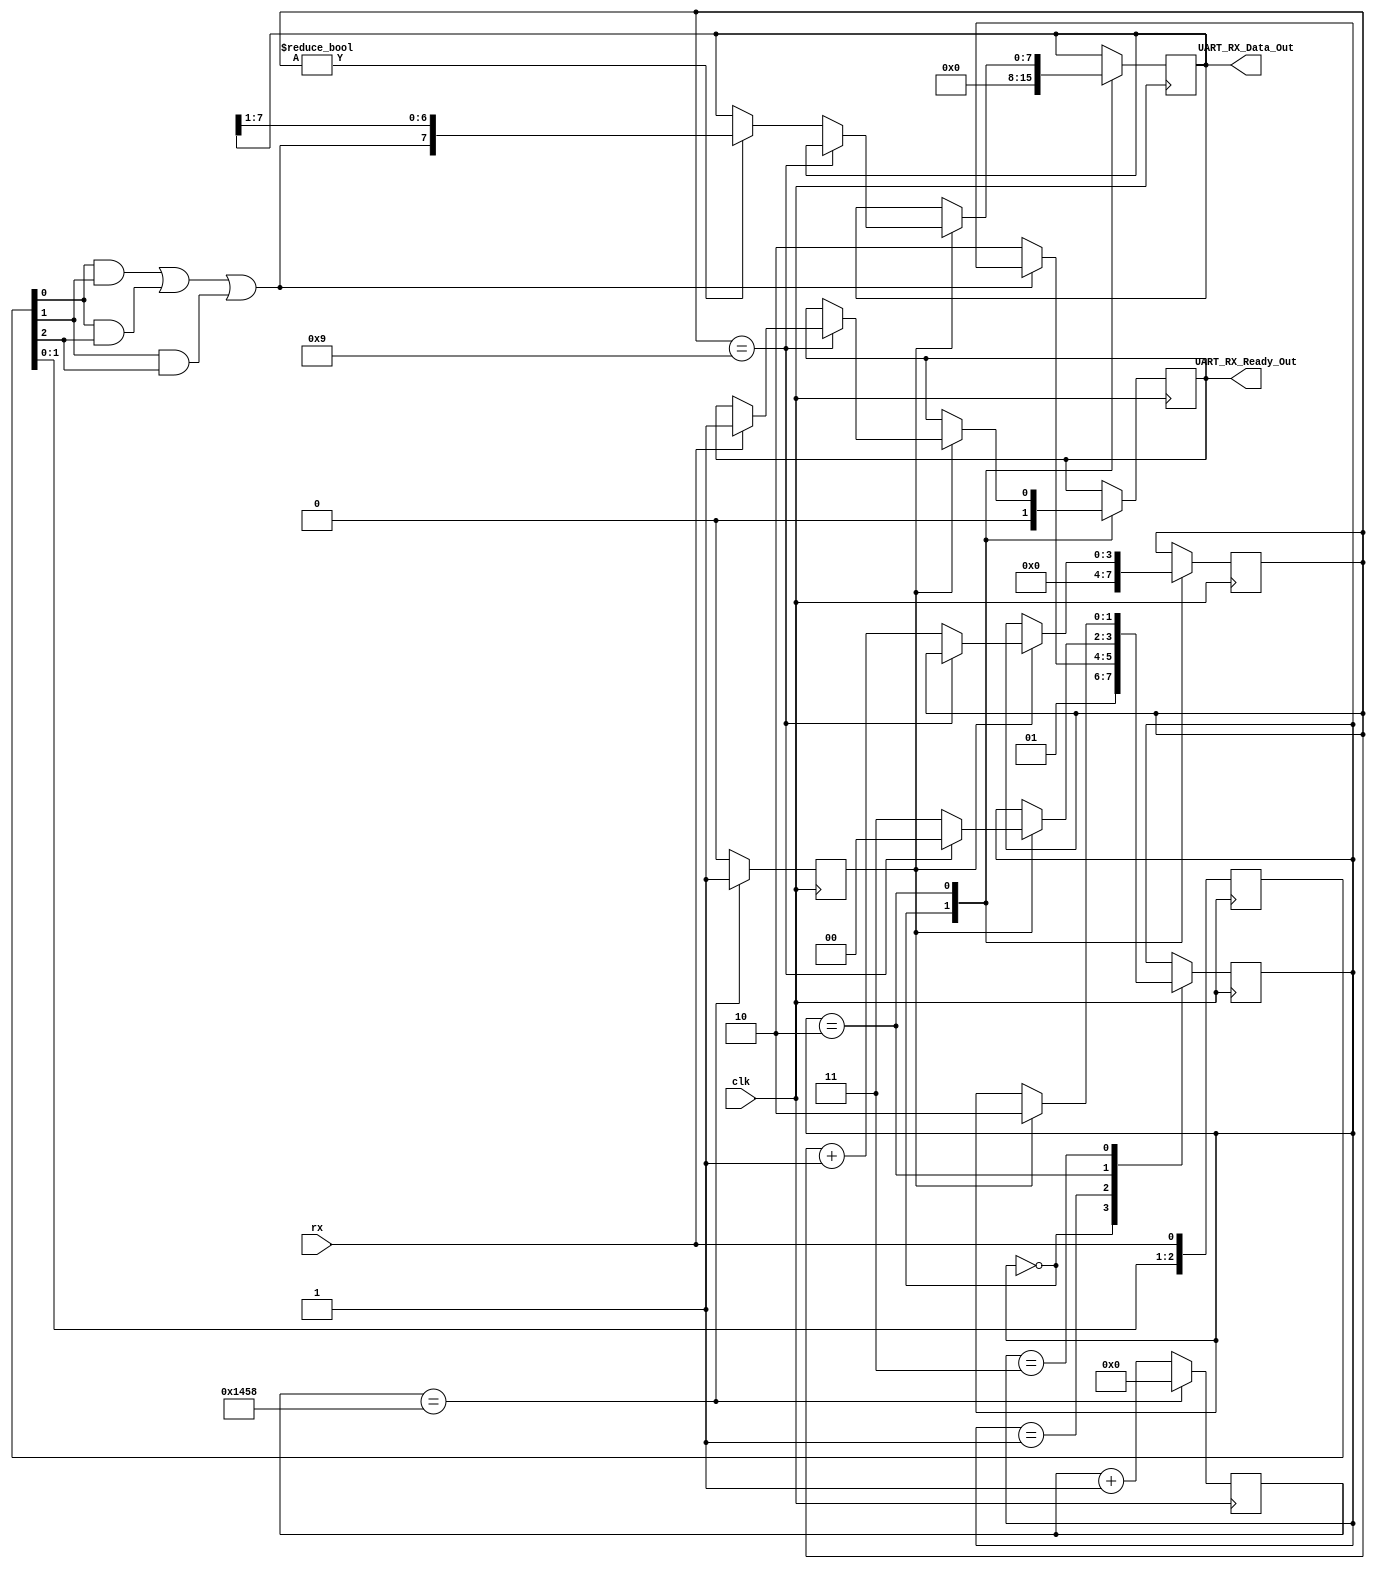
module UART_RX #
(
    parameter CLOCK_RATE = 100_000_000, //   -  ,  XC7A100T-1CSG324C  Artix-7 ( )
    parameter BAUD_RATE = 9600 //     UART ( )
)
(
    input clk, // 
    input rx, //        UART
    output reg UART_RX_Ready_Out, //     
    output reg [7:0] UART_RX_Data_Out //     RX
);
reg [1:0] state; //    
reg [3:0] bit_counter; // C 
reg [$clog2(CLOCK_RATE / BAUD_RATE):0] baud_counter; // C   UART
reg baud_flag; //   ,        BAUD_RATE
localparam RESET = 0, WAIT_START_BIT = 1, LOAD_BIT = 2, WAIT_HALF_RATE = 3;

//   
initial begin
    state = RESET; //     
    baud_flag = 0;
    baud_counter = 0;
    bit_counter = 0;
    UART_RX_Data_Out = 0;
    UART_RX_Ready_Out = 0;
end

//  
reg [2:0] major_buf = 7;
wire major_out = major_buf[0] & major_buf[1] | 
    major_buf[0] & major_buf[2] |
    major_buf[1] & major_buf[2];

always@(posedge clk)
    major_buf <= {major_buf[1:0], rx};

    //    
    always@(posedge clk) begin
        case(state)
        RESET: //  
            begin
                bit_counter <= 0;
                baud_counter <= 0;
                UART_RX_Data_Out <= 0;
                UART_RX_Ready_Out <= 0;
                state <= WAIT_START_BIT;
            end
        WAIT_START_BIT: //      (    )
            //     ( 0),
            //         
        if (~major_out)
            state <= LOAD_BIT;
        LOAD_BIT: //    
            //       
            //  BAUD_RATE     
            if (baud_flag)
                //   -
                if (bit_counter == 9) begin
                        //   - ( 1)
                        if (rx)
                            UART_RX_Ready_Out <= 1; //   1-   ,   
                        //  -  ,    ,   ,
                        //     , ..     
                        state <= RESET;
                end
                //    ( -)
                else begin
                    if (bit_counter != 0) //    -   (    ,    )
                        UART_RX_Data_Out <= {major_out, UART_RX_Data_Out[7:1]};
                    bit_counter <= bit_counter + 1; //     1-
                    state <= WAIT_HALF_RATE;
                end
        WAIT_HALF_RATE: //       BAUD_RATE
            //  ,     
            if (baud_flag)
                state <= LOAD_BIT;
        endcase
        //     BAUD_RATE
        if (baud_counter == CLOCK_RATE / BAUD_RATE / 2) begin
            baud_flag <= 1; 
            baud_counter <= 0; 
        end
        else begin
            baud_flag <= 0; 
            baud_counter <= baud_counter + 1; 
        end
    end
endmodule